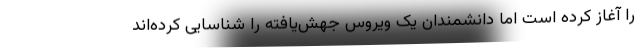
را آغاز کرده است اما دانشمندان یک ویروس جهش‌یافته را شناسایی کرده‌اند